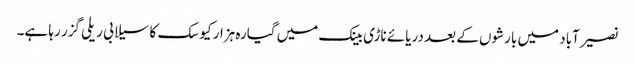
نصیرآباد میں بارشوں کے بعد دریائے ناڑی بینک میں گیارہ ہزار کیوسک کا سیلابی ریلی گزر رہا ہے۔